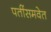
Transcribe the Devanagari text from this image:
पतींसमवेत